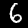
Label: 6